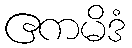
ဧကမိဒံ